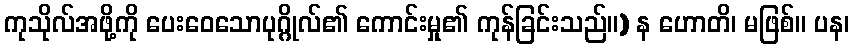
ကုသိုလ်အဖို့ကို ပေးဝေသောပုဂ္ဂိုလ်၏ ကောင်းမှု၏ ကုန်ခြင်းသည်။) န ဟောတိ၊ မဖြစ်။ ပန၊